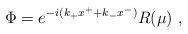
LaTeX: \begin{align*}\Phi=e^{-i(k_+x^++k_-x^-)}R(\mu)\ ,\end{align*}